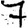
Digit: 7